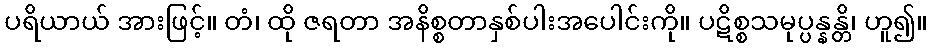
ပရိယာယ် အားဖြင့်။ တံ၊ ထို ဇရတာ အနိစ္စတာနှစ်ပါးအပေါင်းကို။ ပဋိစ္စသမုပ္ပန္နန္တိ၊ ဟူ၍။